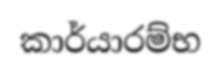
කාර්යාරම්භ